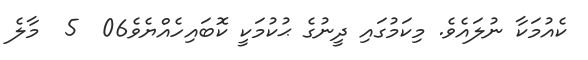
ކެއުމަކާ ނުލައެވެ. މިކަމުގައި ދީނުގެ ޙުކުމަކީ ކޮބައިހެއްޔެވެ06  5  މާލެ